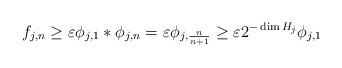
LaTeX: \begin{align*}f_{j,n} \ge \varepsilon \phi_{j,1} \ast \phi_{j,n} = \varepsilon \phi_{j,\frac{n}{n+1}} \ge \varepsilon 2^{-\dim H_j} \phi_{j,1}\end{align*}